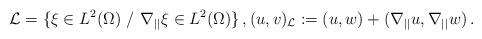
LaTeX: \begin{align*}\mathcal{L}=\{\xi\in L^{2}(\Omega )~/~\nabla _{{||}}\xi\in L^{2}(\Omega )\}\,,(u,v)_{\mathcal{L}}:=(u,w)+(\nabla_{||}u,\nabla_{||}w )\,.\end{align*}